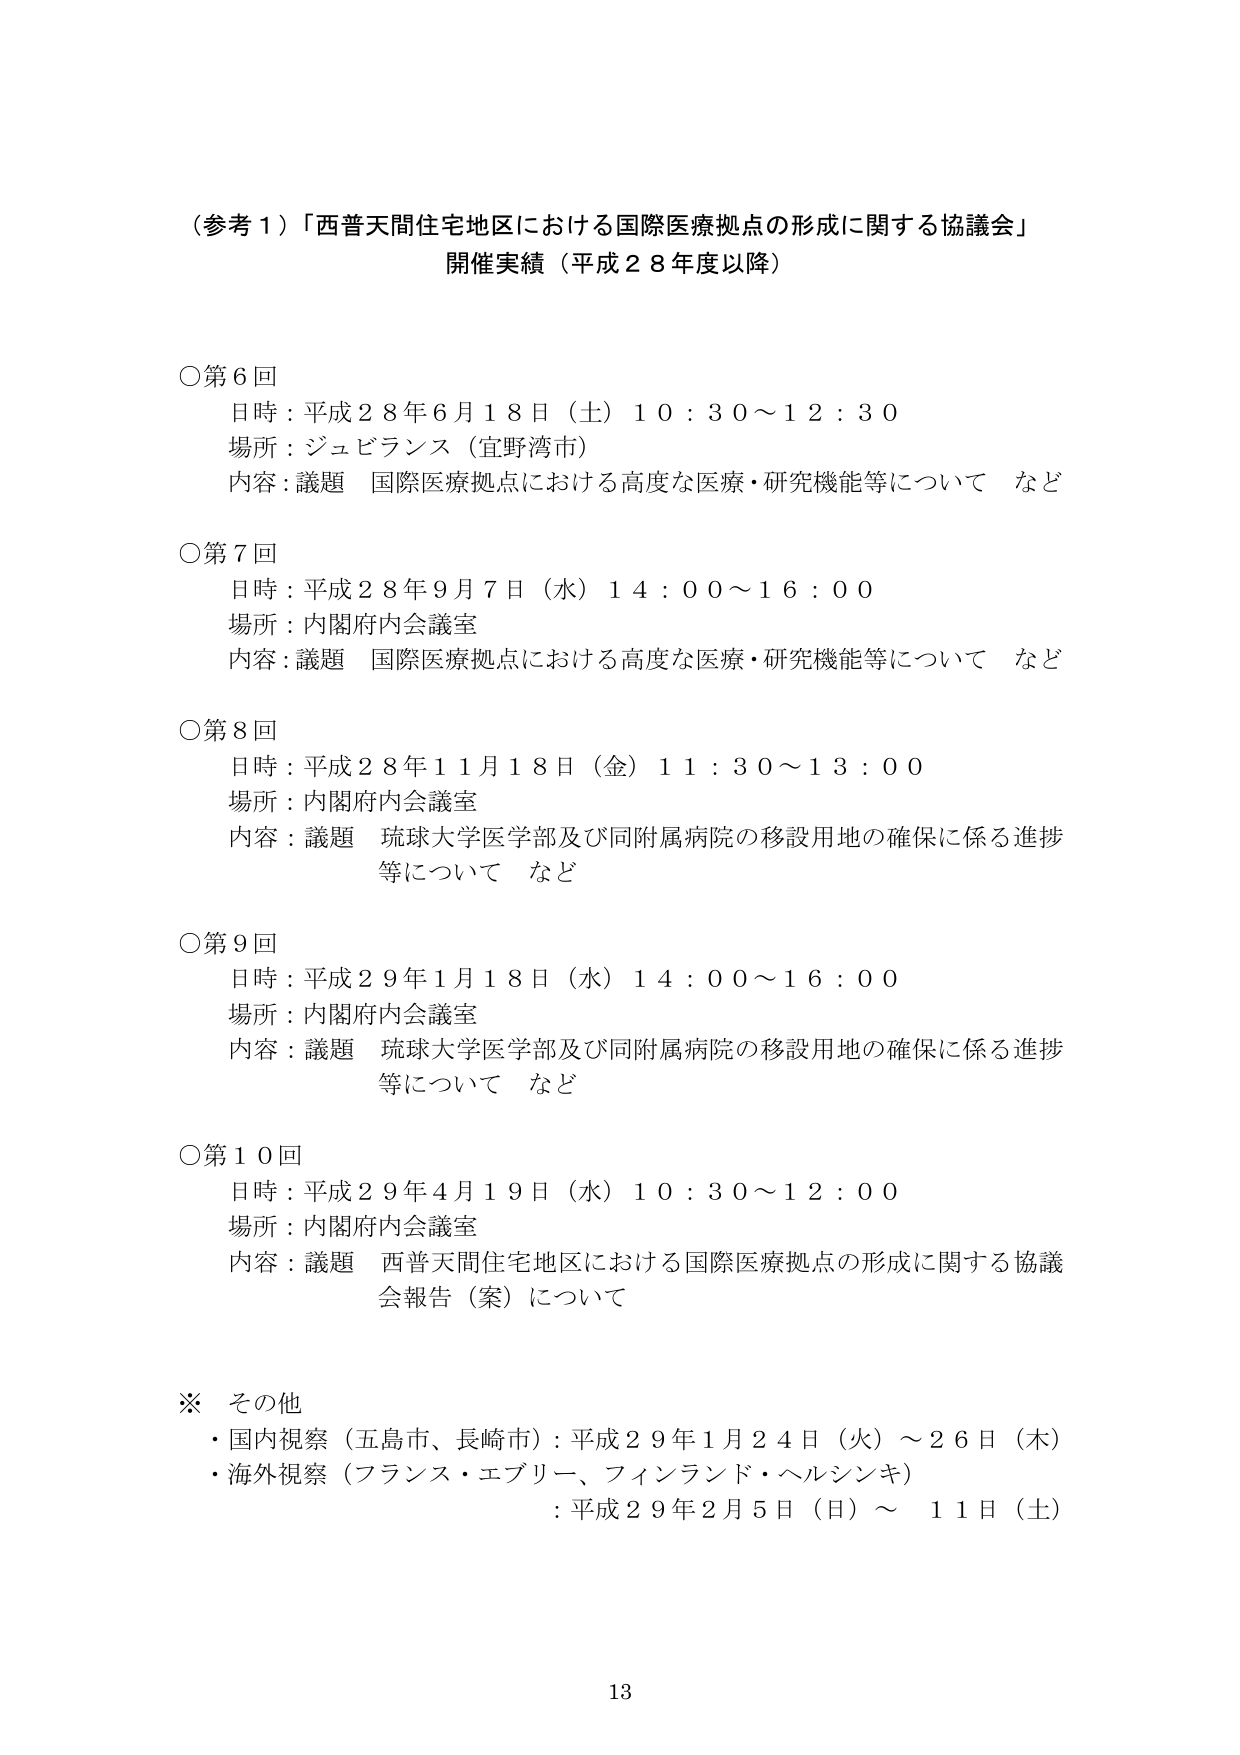
（参考１）「西普天間住宅地区における国際医療拠点の形成に関する協議会」
開催実績（平成２８年度以降）

○第６回
日時：平成２８年６月１８日（土）１０：３０～１２：３０
場所：ジュビランス（宜野湾市）
内容：議題　国際医療拠点における高度な医療・研究機能等について　など

○第７回
日時：平成２８年９月７日（水）１４：００～１６：００
場所：内閣府内会議室
内容：議題　国際医療拠点における高度な医療・研究機能等について　など

○第８回
日時：平成２８年１１月１８日（金）１１：３０～１３：００
場所：内閣府内会議室
内容：議題　琉球大学医学部及び同附属病院の移設用地の確保に係る進捗等について　など

○第９回
日時：平成２９年１月１８日（水）１４：００～１６：００
場所：内閣府内会議室
内容：議題　琉球大学医学部及び同附属病院の移設用地の確保に係る進捗等について　など

○第１０回
日時：平成２９年４月１９日（水）１０：３０～１２：００
場所：内閣府内会議室
内容：議題　西普天間住宅地区における国際医療拠点の形成に関する協議会報告（案）について

※ その他
・国内視察（五島市、長崎市）：平成２９年１月２４日（火）～２６日（木）
・海外視察（フランス・エブリー、フィンランド・ヘルシンキ）
　：平成２９年２月５日（日）～１１日（土）

13